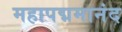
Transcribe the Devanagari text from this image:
महापद्ममानंद